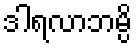
ဒါရလာဘမ္ပိ